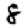
Digit: 8